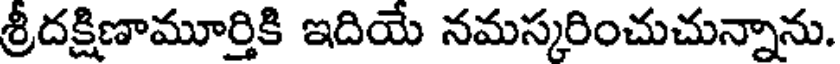
శ్రీదక్షిణామూర్తికి ఇదియే నమస్కరించుచున్నాను.